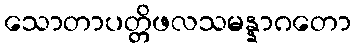
သောတာပတ္တိဖလသမန္နာဂတော